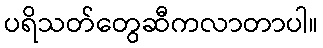
ပရိသတ်တွေဆီကလာတာပါ။